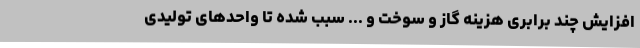
افزایش چند برابری هزینه گاز و سوخت و ... سبب شده تا واحدهای تولیدی